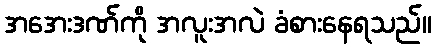
အအေးဒဏ်ကို အလူးအလဲ ခံစားနေရသည်။